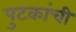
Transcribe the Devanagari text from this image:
पुटकांची